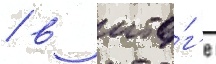
/ в ито́г'е